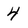
Character: 4